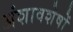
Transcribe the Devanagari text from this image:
अंशावशेषों